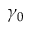
\gamma _ { 0 }